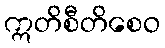
ဣတိစီတိစေဝ